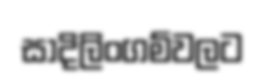
සාදිලිංගම්වලට